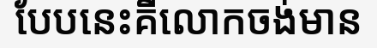
បែបនេះគឺលោកចង់មាន